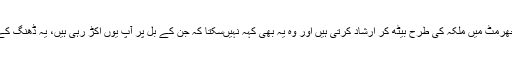
اور یہ بات وہ اپنی اولاد کے جھرمٹ میں ملکہ کی طرح بیٹھ کر ارشاد کرتی ہیں اور وہ یہ بھی کہہ نہیںسکتا کہ جن کے بل پر آپ یوں اکڑ رہی ہیں، یہ ڈھنگ کے کام بھی اسی نے کیے تھے!